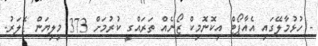
- ހުޅުމާލޭގައި އެއާޕޯޓް އިކޮނޮމިކް ޒޯނެއް ތަރައްގީ ކުރުމަށް 373 މިލިޔަން ޑޮލަރު.